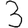
Digit: 3